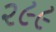
૨૯૯